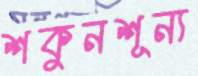
শকুনশূন্য